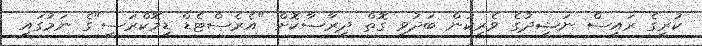
ކުރީގެ ރައީސް ނަޝީދުގެ ވެރިކަން ބަދުވި ގޮތް ދިރާސާކޮށް "އެރެސްޓެޑް ޑިމޮކްރަސީ"ގެ ނަމުގައި